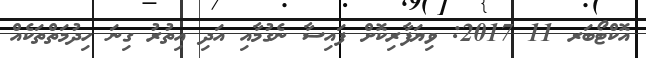
އޮކްޓޯބަރ 11 2017: ވިޔަފާރިކޮށް ފައިސާ ނެގުމާއި އަދި އިތުރު ގިނަ ހިދުމަތްތަކެއް